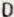
D